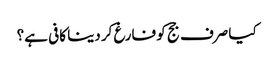
کیا صرف جج کو فارغ کر دینا کافی ہے؟